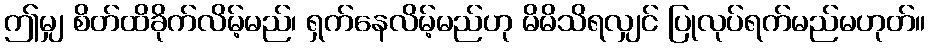
ဤမျှ စိတ်ထိခိုက်လိမ့်မည်၊ ရှက်နေလိမ့်မည်ဟု မိမိသိရလျှင် ပြုလုပ်ရက်မည်မဟုတ်။